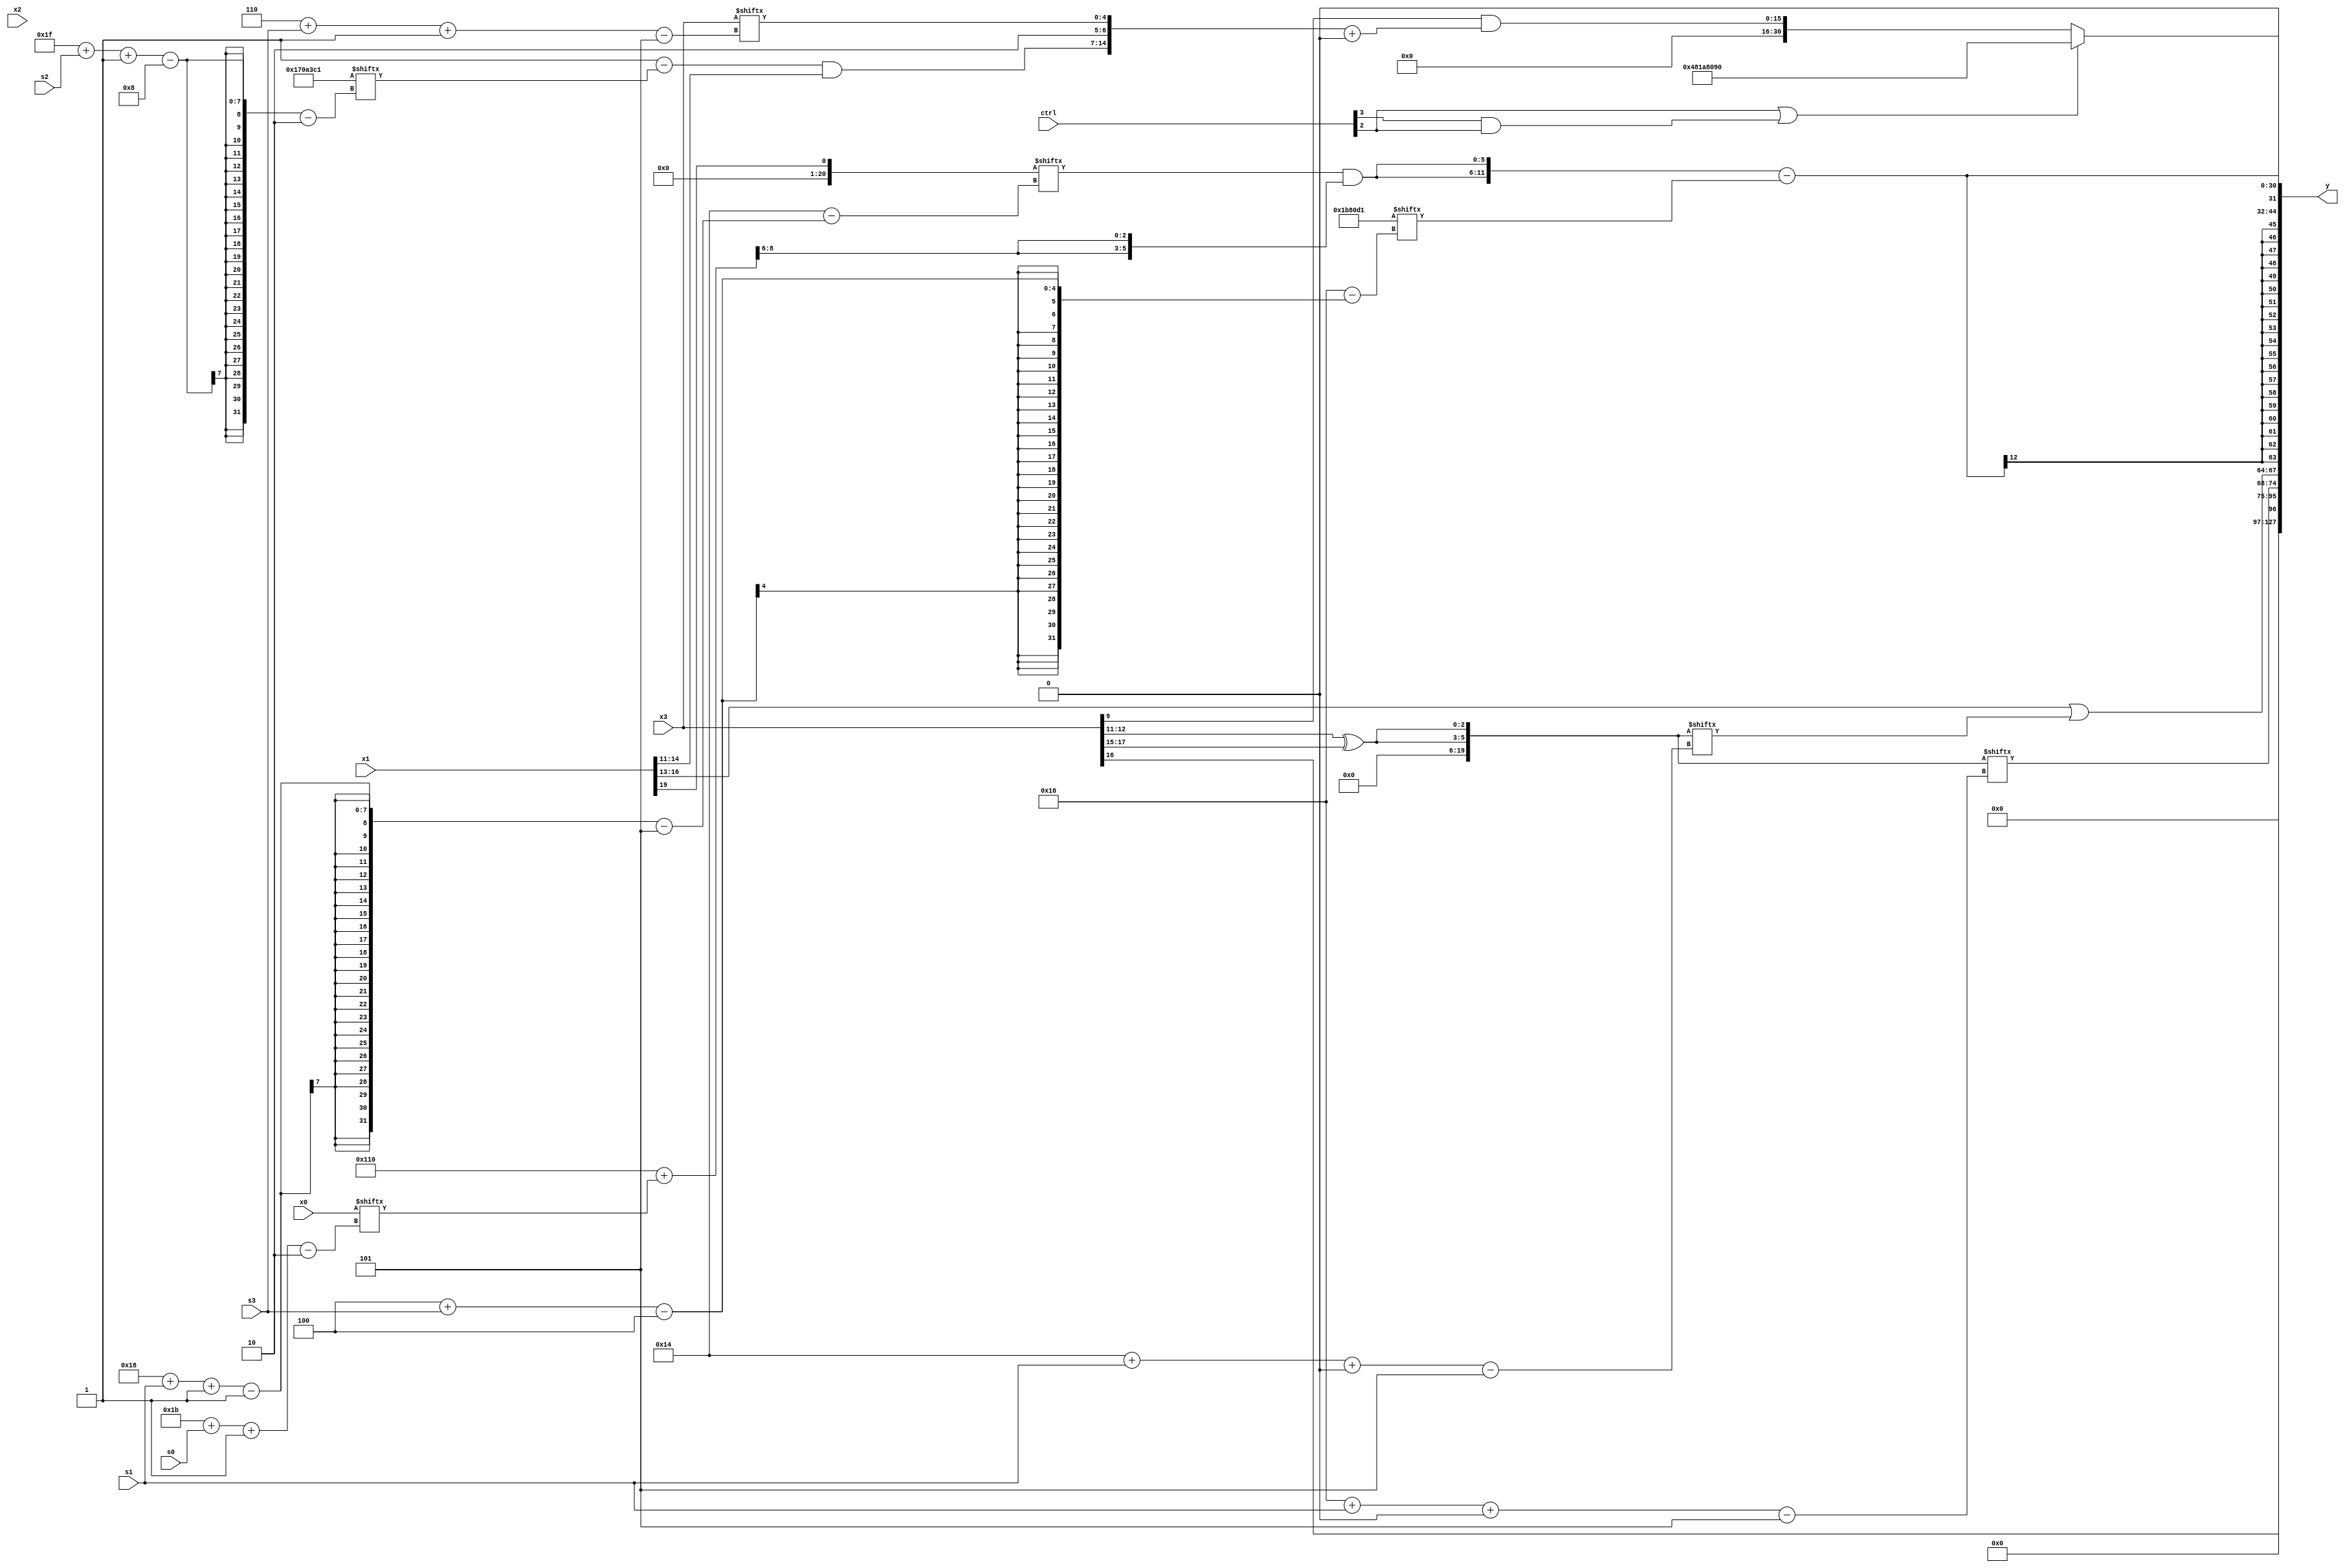
module partsel_00494(ctrl, s0, s1, s2, s3, x0, x1, x2, x3, y);
  input [3:0] ctrl;
  input [2:0] s0;
  input [2:0] s1;
  input [2:0] s2;
  input [2:0] s3;
  input signed [31:0] x0;
  input [31:0] x1;
  input signed [31:0] x2;
  input signed [31:0] x3;
  wire [25:3] x4;
  wire signed [2:24] x5;
  wire [1:25] x6;
  wire [5:31] x7;
  wire signed [24:5] x8;
  wire signed [6:30] x9;
  wire signed [29:7] x10;
  wire signed [5:25] x11;
  wire [25:7] x12;
  wire [4:24] x13;
  wire [24:2] x14;
  wire [25:1] x15;
  output [127:0] y;
  wire [31:0] y0;
  wire [31:0] y1;
  wire signed [31:0] y2;
  wire signed [31:0] y3;
  assign y = {y0,y1,y2,y3};
  localparam signed [27:3] p0 = 399308003;
  localparam [6:26] p1 = 64930462;
  localparam [29:2] p2 = 829465537;
  localparam [4:26] p3 = 94077137;
  assign x4 = x3[12 -: 2];
  assign x5 = p1[13 -: 4];
  assign x6 = ((x3[25 + s2 -: 1] | {(ctrl[1] && !ctrl[0] && ctrl[1] ? (p3[8 + s3] | p1[19]) : (ctrl[3] || !ctrl[1] && ctrl[1] ? (x2 + p0[11 + s3]) : p1[30 + s2 -: 8])), (x4[19 + s0] + {2{x1[15]}})}) - x5[21 + s3 -: 8]);
  assign x7 = x3[9];
  assign x8 = {2{(x3[11 +: 2] ^ x3[15 +: 3])}};
  assign x9 = p0[18 +: 2];
  assign x10 = (!ctrl[1] || !ctrl[0] || ctrl[3] ? p2 : {2{{x2[16 -: 2], (!ctrl[3] || !ctrl[2] || ctrl[0] ? x0[21 + s1 -: 3] : p1[16 -: 2])}}});
  assign x11 = x1[19 -: 1];
  assign x12 = (p3 - p2);
  assign x13 = (x12 + x0[27 + s0 -: 2]);
  assign x14 = p3;
  assign x15 = {2{p2[15 +: 1]}};
  assign y0 = x3[16 +: 1];
  assign y1 = {x8[22 + s1 +: 7], (x1[13 +: 4] | x8[20 + s1 +: 1])};
  assign y2 = ({2{((x11[24 + s1 -: 1] ^ x15[11 +: 2]) & {2{x13[18 -: 3]}})}} - p3[4 + s3]);
  assign y3 = (ctrl[2] || ctrl[3] && ctrl[2] ? {p0[18 +: 3], {2{((x11[22 -: 1] | x14) & p1)}}} : (x7 & ({((p0[13 +: 1] - p2[31 + s2 -: 8]) & x1[14 -: 4]), {p0[14 +: 2], x3[6 + s3 -: 5]}} + x9[8])));
endmodule